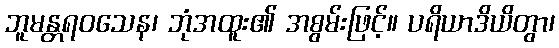
ဘူမန္တရဝသေန၊ ဘုံအထူး၏ အစွမ်းဖြင့်။ ပရိယာဒိယိတွာ၊